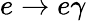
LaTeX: e\to e\gamma